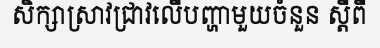
សិក្សាស្រាវជ្រាវលើបញ្ហាមួយចំនួន ស្តីពី